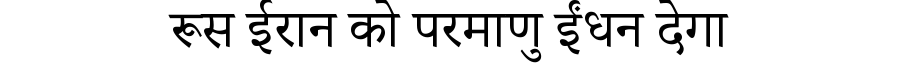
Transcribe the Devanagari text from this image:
रूस ईरान को परमाणु ईंधन देगा